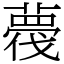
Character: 薎